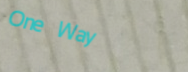
One Way